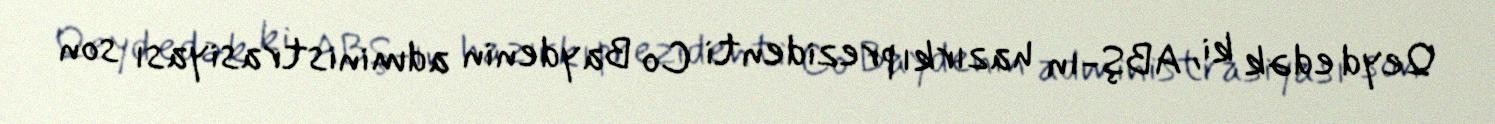
Qeyd edək ki, ABŞ-ın hazırkı prezidenti Co Baydenin administrasiyası son